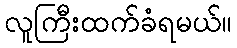
လူကြီးထက်ခံရမယ်။